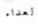
العداء